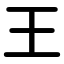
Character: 王